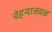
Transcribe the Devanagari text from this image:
चेहर्‍याजवळ